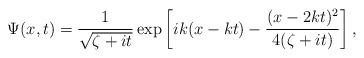
LaTeX: \begin{align*} \Psi(x, t) = \frac{1}{\sqrt{\zeta+it}}\exp\left[ik(x-kt)-\frac{(x-2kt)^2}{4(\zeta+it)}\right],\end{align*}